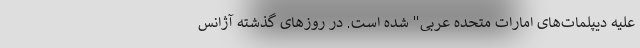
علیه دیپلمات‌های امارات متحده عربی" شده است. در روزهای گذشته آژانس